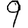
Digit: 9